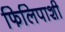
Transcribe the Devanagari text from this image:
फिलिपाशी